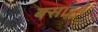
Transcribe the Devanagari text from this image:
बसाइये